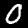
Digit: 0